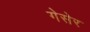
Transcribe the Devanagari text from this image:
गेसेर